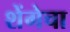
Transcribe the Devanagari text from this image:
शेंगेचा